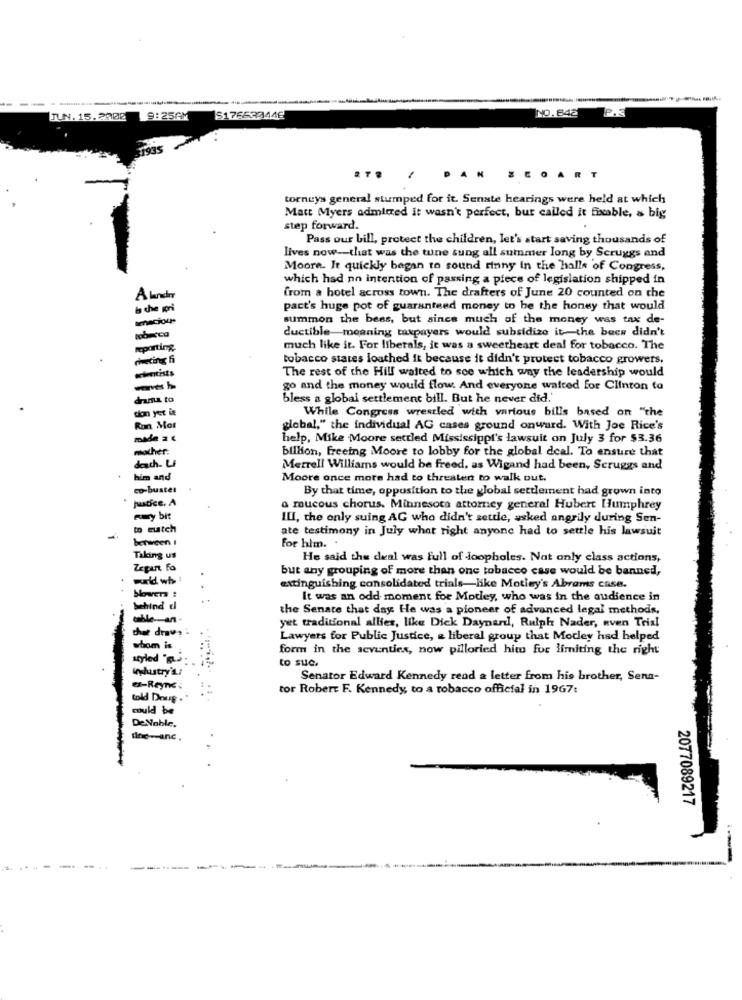
NO.842
JUN. 15.2902
9:25AM
S176533446
GART
torneys general stumped for it. Senate hearings were held at which
Matt Myers admitted it wasn't perfect, bur called it fixable, & big
step forward.
Pass our bill, protect the children, let's start saving thousands of
lives now -- that was the tune sung all summer long by Scruggs and
Moore. It quickly began to sound rinny In the halls of Congress,
which had no intention of passing a piece of legislation shipped in
A lenda
from a hotel across town. The drafters of June 20 counted on the
pact's huge pot of guaranteed money to be the honey that would
summon the bees, but since much of the money was tax de-
ductible-meaning taxpayers would subsidize it-the bacs didn't
nobarca
reporting
much like it. For liberals, it was a sweetheart deal for tobacco. The
tobacco states louthed it because it didn't protect tobacco growers.
The rest of the Hill waited to see which way the leadership would
go and the money would flow. And everyone waited for Clinton to
drania to
bless a global settlement bill. But he never did.
don yet it
While Congress wrestled with various bills based on "the
Ron Slot
global," the individual AG cases ground onward. With Joe Rice's
made 2 €
help, Mike Moore settled Mississippi's lawsuit on July 3 for $3.36
mother:
billion, freeing Moore to lobby for the global deal. To ensure that
deauch- LI
Merrell Williams would be freed, as Wigand had been, Scruggs and
him and
Moore once more had to threaten to walk out.
co-buster
By that time, opposition to the global settlement had grown into
justice, A
a raucous chorus. Minnesota attorney general Hubert Humphrey
muy bit
IL, the only suing AG who didn't settle, asked angrily during Sen-
to match
ate testimony in July what right anyone had to settle his lawsuit
between 1
for him. .
Taking us
He said the deal was full of loopholes. Not only class actions,
Zapat Fo
but any grouping of more than one tobacco case would be banned,
extinguishing consolidated trials-like Motley's Abrams case.
It was an odd moment for Motley, who was in the audience in
behind d
the Senate that day: He was a pioneer of advanced legal methods,
table-an-
yet traditional allies, like Dick Daynardl, Rulph Nader, aven Tris!
chet draw, :
whom is
Lawyers for Public Justice, & liberal group that Motley had helped
form in the seventies, now pilloried hitu for limiting the right
styled "g.
to suc.
Industry's:
Senator Edward Kennedy read a letter from his brother, Sena-
ex-Reyne
tor Robert F. Kennedy to a tobacco official in 1967:
told Doup .'
could be
De Noble.
Ihre- anc .
2077089217
-